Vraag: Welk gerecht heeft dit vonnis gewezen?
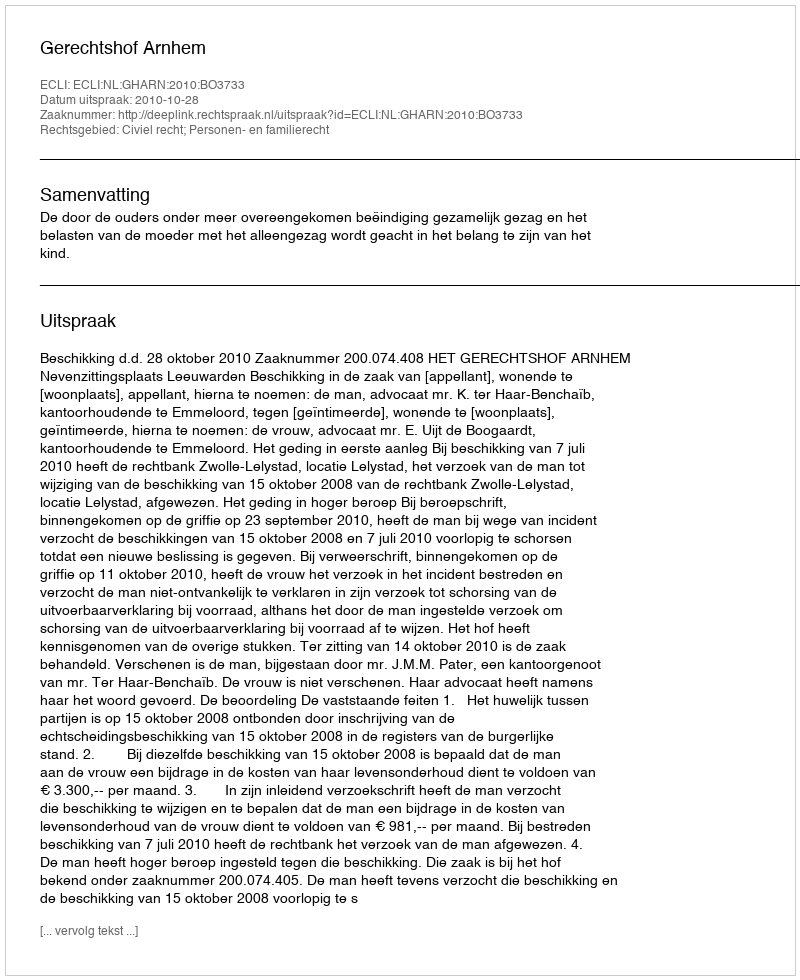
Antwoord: Gerechtshof Arnhem